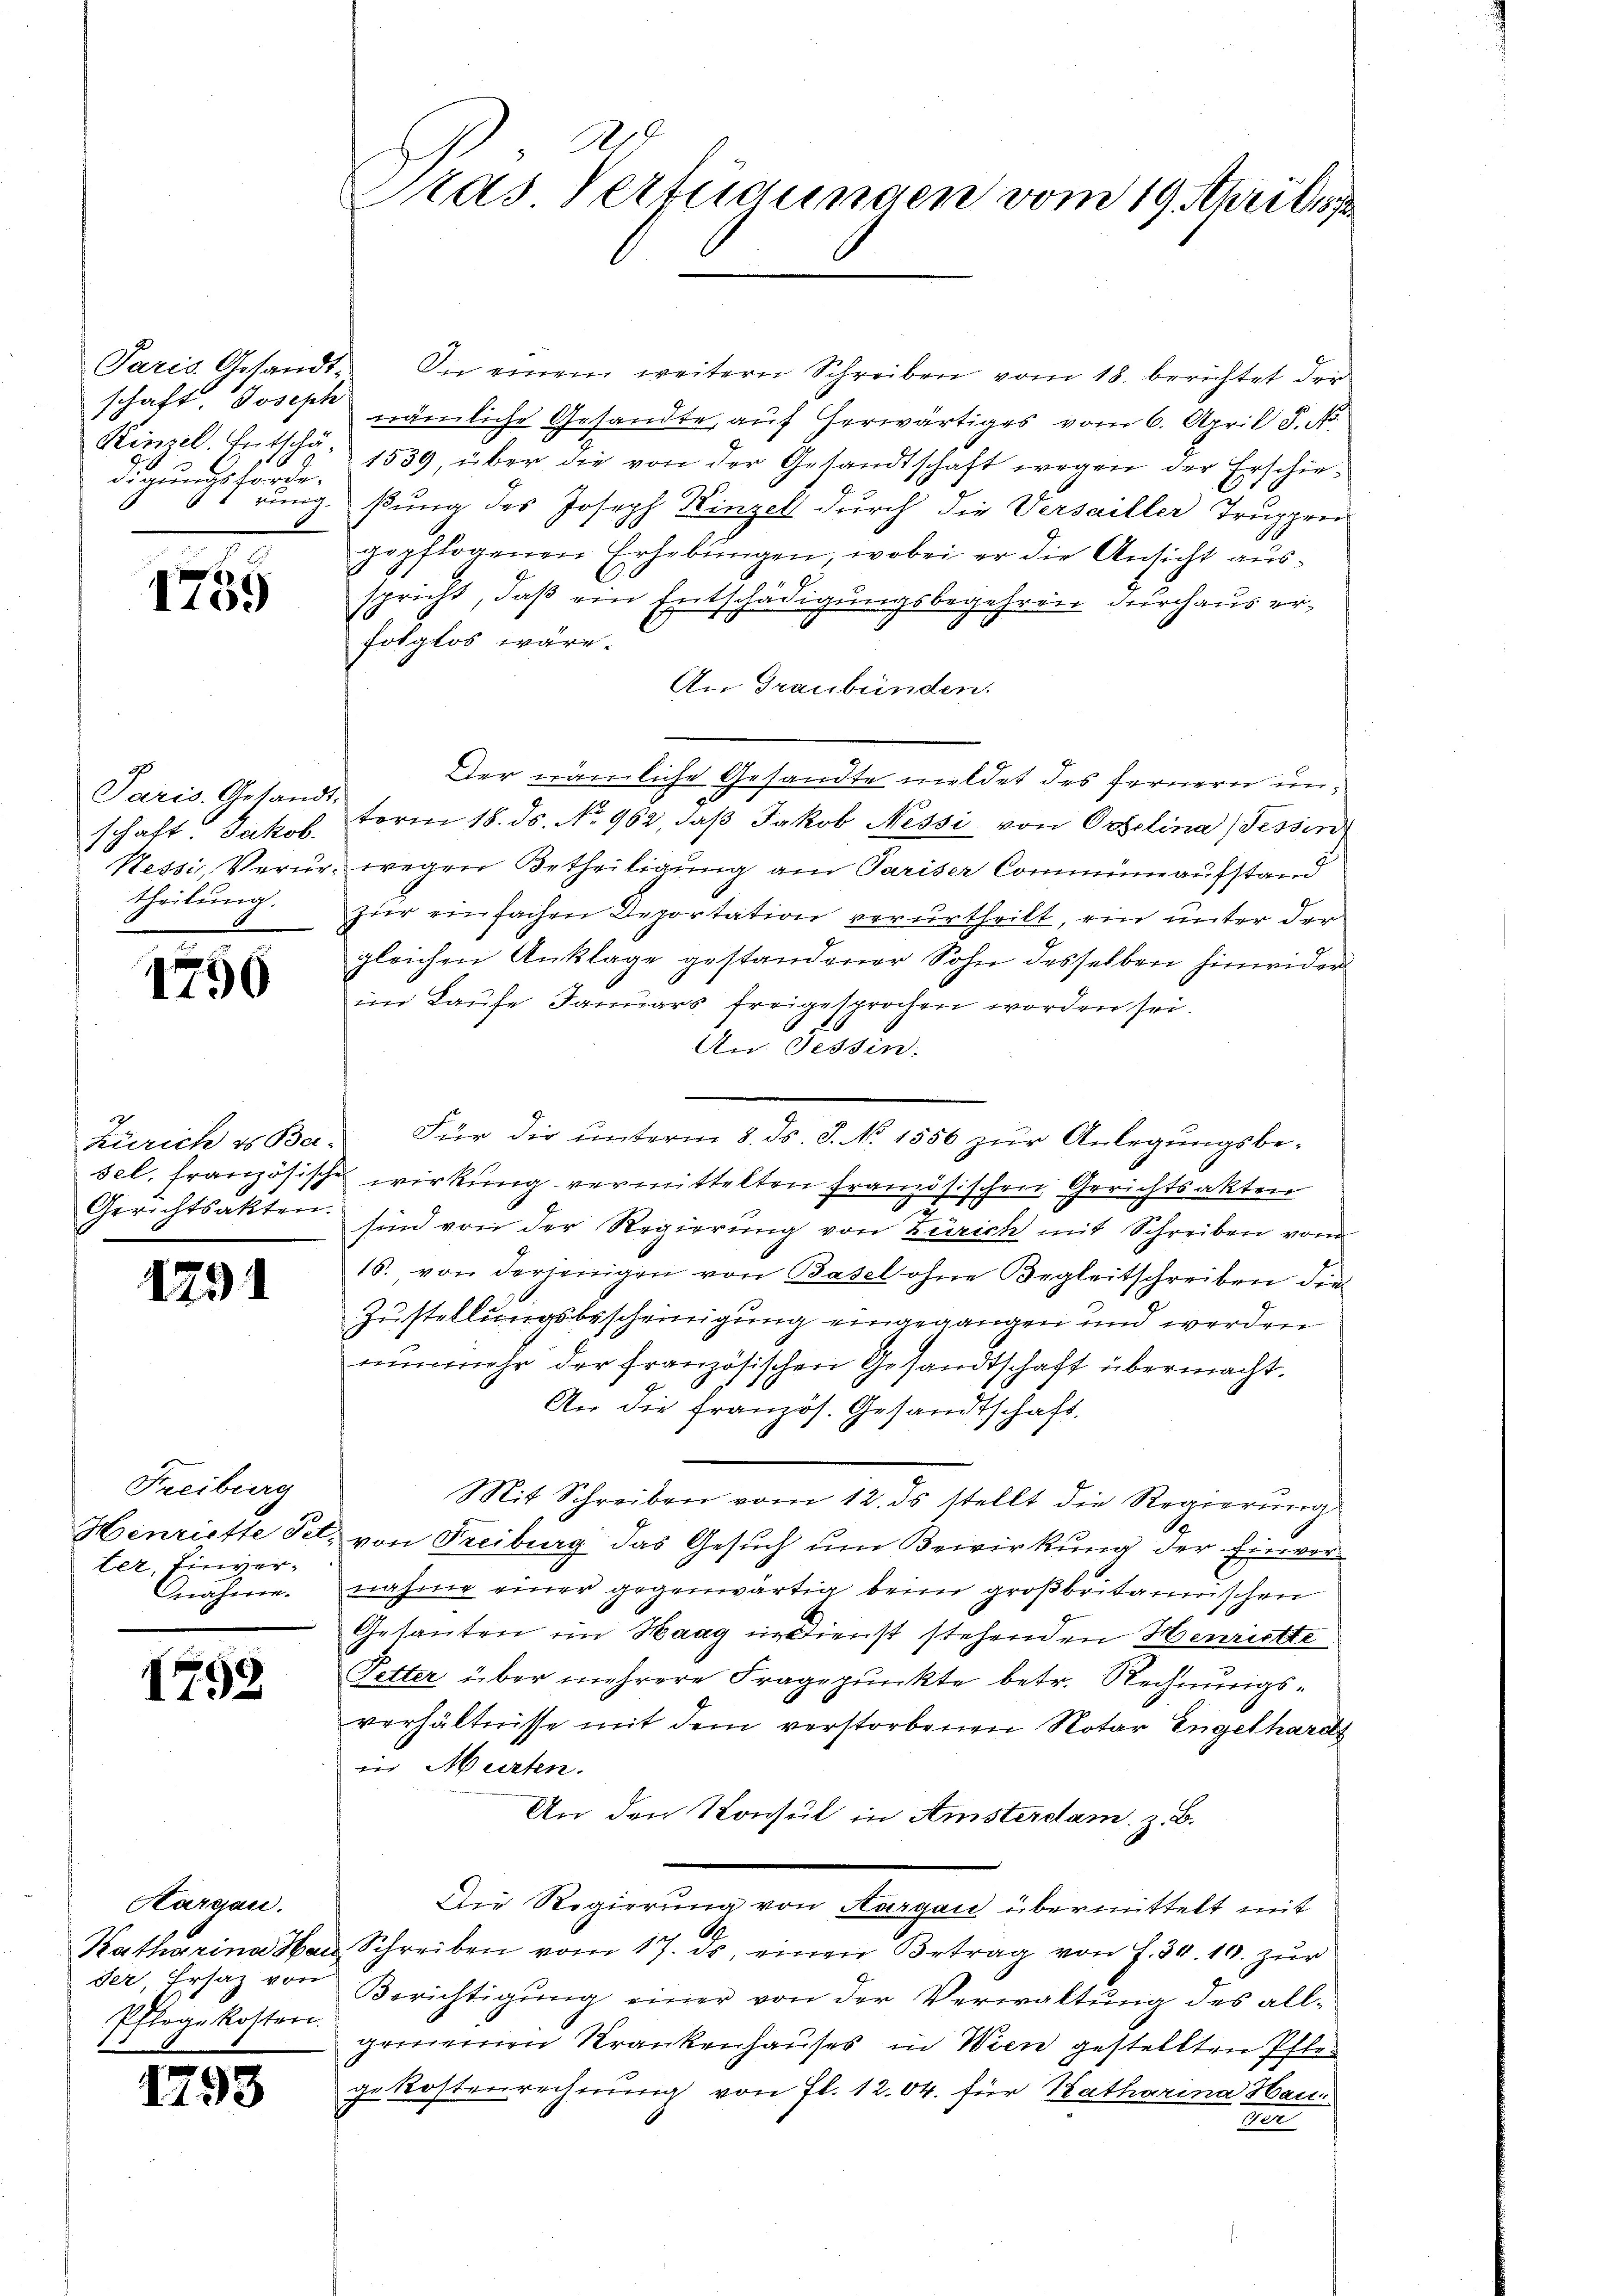
Paris Gesandt-
Kinzel. Entschädigungehörde.
11 ring.

2
I109

Paris, Gesandt.
schaft Jakob.
Nessis Verurtheilung.

1790

Gerichtsakten.

1291

Freiberg
ter, Einver¬
Gnäheren.

1792

Kargau.
ser, Ersaz von
Pflegekotter.

1793

Pras Verfügungen vom 19. April 18

In einem weitern Schreiben vom 18. berichtet der
schaft. Joseph nämliche Gesandte aŭf herwärtiges vom 6. April S. N.
1539, über die von der Gesandtschaft wegen der Erschießung des Joseph Kinzel durch die Versailler Truppen
gepflogenen Erhebŭngen, wobei er die Ansicht ausspricht, daß ein Entschädigungsbegehren durchaus erfolglos wäre.
An Graubünden.
Der nämliche Gesandte meldet des fernern unterm 18. ds. No. 962, daβ Jakob Nessi von Ortelina (Tessin
wegen Betheiligung am Pariser Commmunaufstand
zur einfachen Deportation verurtheilt, ein unter der
gleichen Anklage gestandener Sohn desselben hinwider
im Laufe Januars freigesprochen worden sei.
An Tessin.
Zürich u. Be. Für die ŭnterm 8. ds. S. N. 1556 zŭr Anlegungsbe-
sel, französisches wirkung vermittelten Französischen Gerichtsakten
.
2
sind von der Regierung von Zürich mit Schreiben vom
16. von derjenigen von Basel ohne Begleitschreiben die
Zustellungsbescheinigung eingegangen und werden
nŭnmehr der französischen Gesandtschaft übermacht.
An die französ. Gesandtschaft.
Mit Schreiben vom 12. ds stellt die Regierung
1
Henriette Fel. von Freiburg das Gesuch um Bewirkung der Einvernahme einer gegenwärtig beim großbritannischen
Gesanten im Haag in Dienst stehenden Henrichte
Petter über mehrere Fragepunkte betr. Rechnungsverhältnisse mit dem verstorbenen Notar Engelhardt
in Murten.
An den Konsul in Amsterdam, z. B.
Die Regierung von Aargau übermittelt mit
G
Katharina Hau, Schreiben vom 17. ds. einen Betrag von J. 30. 10. zur
Berichtigung einer von der Verwaltung des allgemeinen Krankenhauses in Wien gestellten Pflege Kostenrechnung von fl. 1204. für Katharina Hau
22